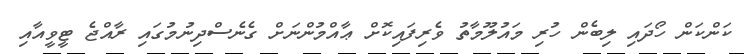
ކަންކަން ހޯދައި ލިބެން ހުރި މައުލޫމާތު ވެރިފައިކޮށް ޢާއްމުންނަށް ގެނެސްދިނުމުގައި ރާއްޖެ ޓީވީއާއި